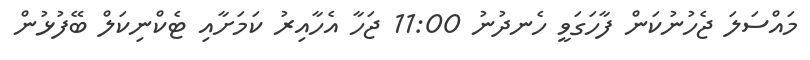
މައްސަލަ ޖެހުނުކަން ފާހަގަވީ ހެނދުނު 11:00 ޖަހާ އެހާއިރު ކަމަށާއި ޓެކްނިކަލް ބޭފުޅުން